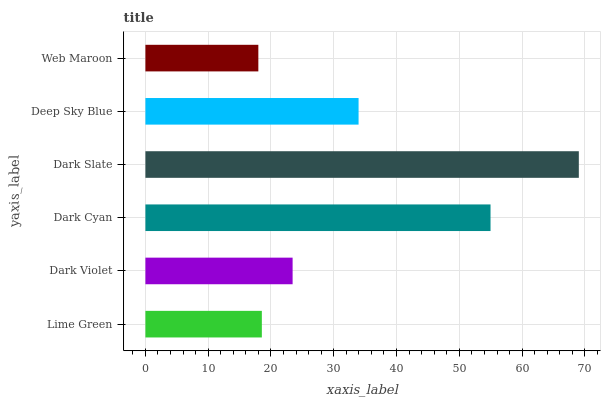
| yaxis_label | bars |
 | --- | --- |
 | Lime Green | 18.5 |
 | Dark Violet | 23.4 |
 | Dark Cyan | 55 |
 | Dark Slate | 69 |
 | Deep Sky Blue | 34 |
 | Web Maroon | 18 |